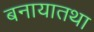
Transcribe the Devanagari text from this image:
बनायातथा